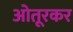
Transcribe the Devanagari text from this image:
ओतूरकर